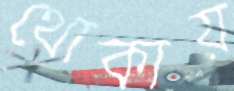
থোকায়